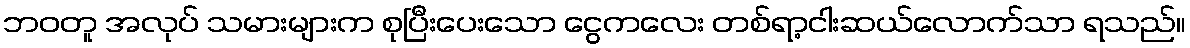
ဘဝတူ အလုပ် သမားများက စုပြီးပေးသော ငွေကလေး တစ်ရာ့ငါးဆယ်လောက်သာ ရသည်။